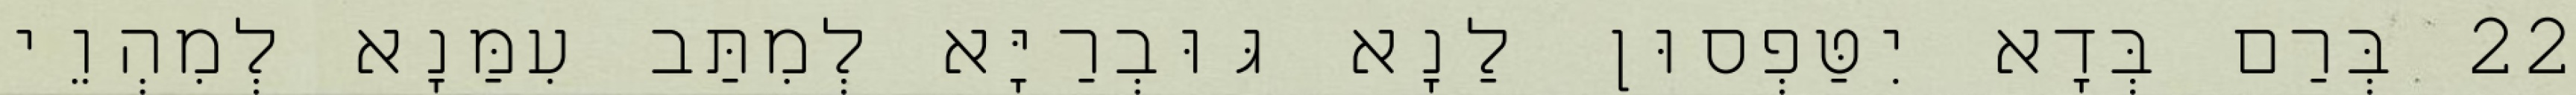
22 בְּרַם בְּדָא יִטַּפְסוּן לַנָא גּוּבְרַיָּא לְמִתַּב עִמַּנָא לְמִהְוֵי